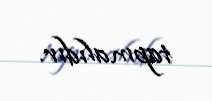
tapmalıdır.